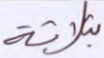
بثلاثة